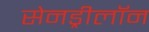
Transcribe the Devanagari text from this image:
सेनड्रीलॉन